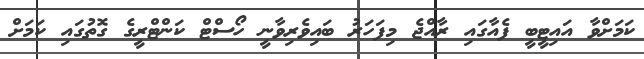
ކަމަށްވާ އައިޓީބީ ފެއާގައި ރާއްޖެ މިފަހަރު ބައިވެރިވާނީ ހޯސްޓް ކަންޓްރީގެ ގޮތުގައި ކަމަށް